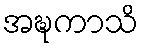
အဍ္ဎကာသိ